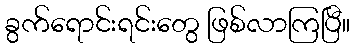
ခွက်ရောင်းရင်းတွေ ဖြစ်လာကြပြီ။